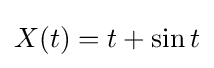
X(t)=t+\sin t